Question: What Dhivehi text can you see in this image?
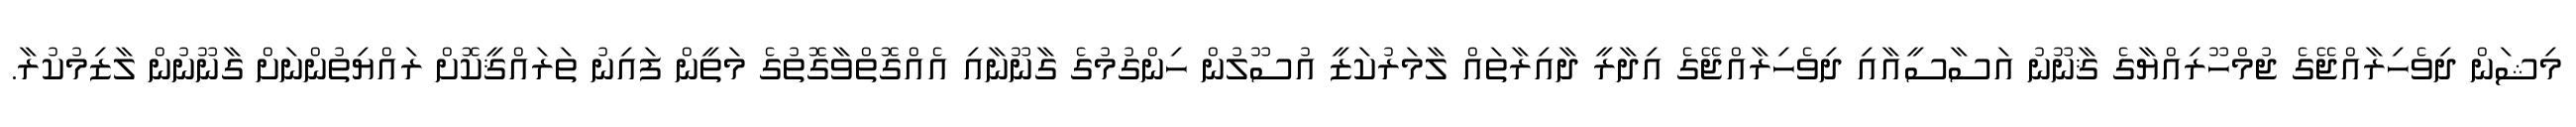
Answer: މިޝަން ދިވެހިރާއްޖޭގެ ޖުމްހޫރިއްޔާގެ ޤާނޫނު އަސާސީއާއި ދިވެހިރާއްޖޭގެ އިދާރީ ދާއިރާތައް ލާމަރުކަޒީ އުސޫލުން ހިންގުމުގެ ގާނޫނާއި އެއްގޮތްވާގޮތުގެ މަތީން ފައިނު ތަރައްޤީކޮށް ރައްޔިތުންނަށް ގާނޫނުން ލާޒިމުކުރާ.